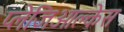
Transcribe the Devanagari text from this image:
प्लेजिओक्लेस